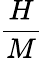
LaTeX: \frac{H}{M}